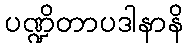
ပဏ္ဍိတာပဒါနာနိ